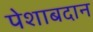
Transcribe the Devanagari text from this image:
पेशाबदान